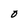
Character: O